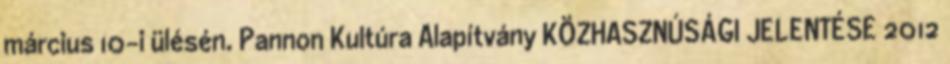
március 10-i ülésén. Pannon Kultúra Alapítvány KÖZHASZNÚSÁGI JELENTÉSE 2012